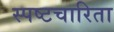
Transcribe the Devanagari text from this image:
स्पष्टचारिता